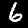
Digit: 6